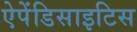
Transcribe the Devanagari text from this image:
ऐपेंडिसाइटिस